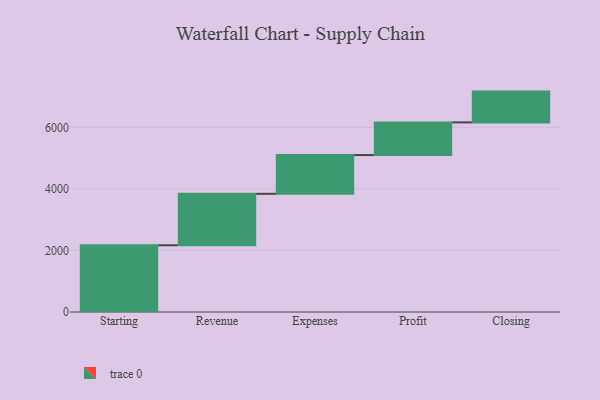
{"axis": {"x": "Step", "y": "Value"}, "legend": [""], "data": [{"x": "Starting", "y": 2168.0, "type": ""}, {"x": "Revenue", "y": 1672.0, "type": ""}, {"x": "Expenses", "y": 1259.0, "type": ""}, {"x": "Profit", "y": 1062.0, "type": ""}, {"x": "Closing", "y": 1000, "type": ""}]}